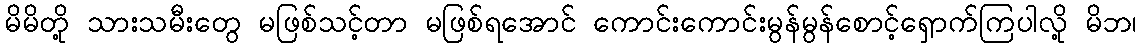
မိမိတို့ သားသမီးတွေ မဖြစ်သင့်တာ မဖြစ်ရအောင် ကောင်းကောင်းမွန်မွန်စောင့်ရှောက်ကြပါလို့ မိဘ၊